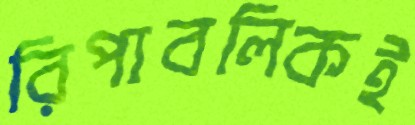
রিপাবলিকই